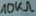
Text: 10KΩ